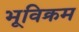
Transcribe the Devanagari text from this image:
भूविक्रम